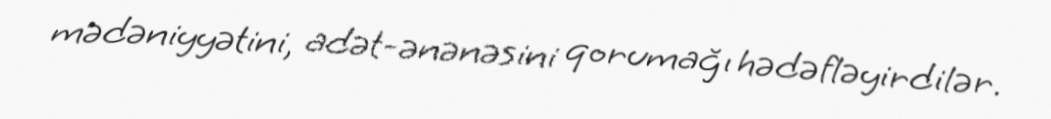
mədəniyyətini, adət-ənənəsini qorumağı hədəfləyirdilər.